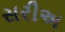
સરીઅ